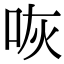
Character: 咴